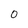
Character: 0